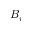
B _ { i }